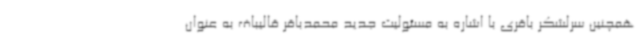
همچنین سرلشکر باقری با اشاره به مسئولیت جدید محمدباقر قالیباف به عنوان